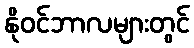
နိုဝင်ဘာလများတွင်